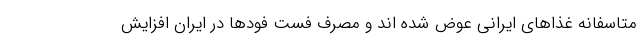
متاسفانه غذاهای ایرانی عوض شده اند و مصرف فست فودها در ایران افزایش